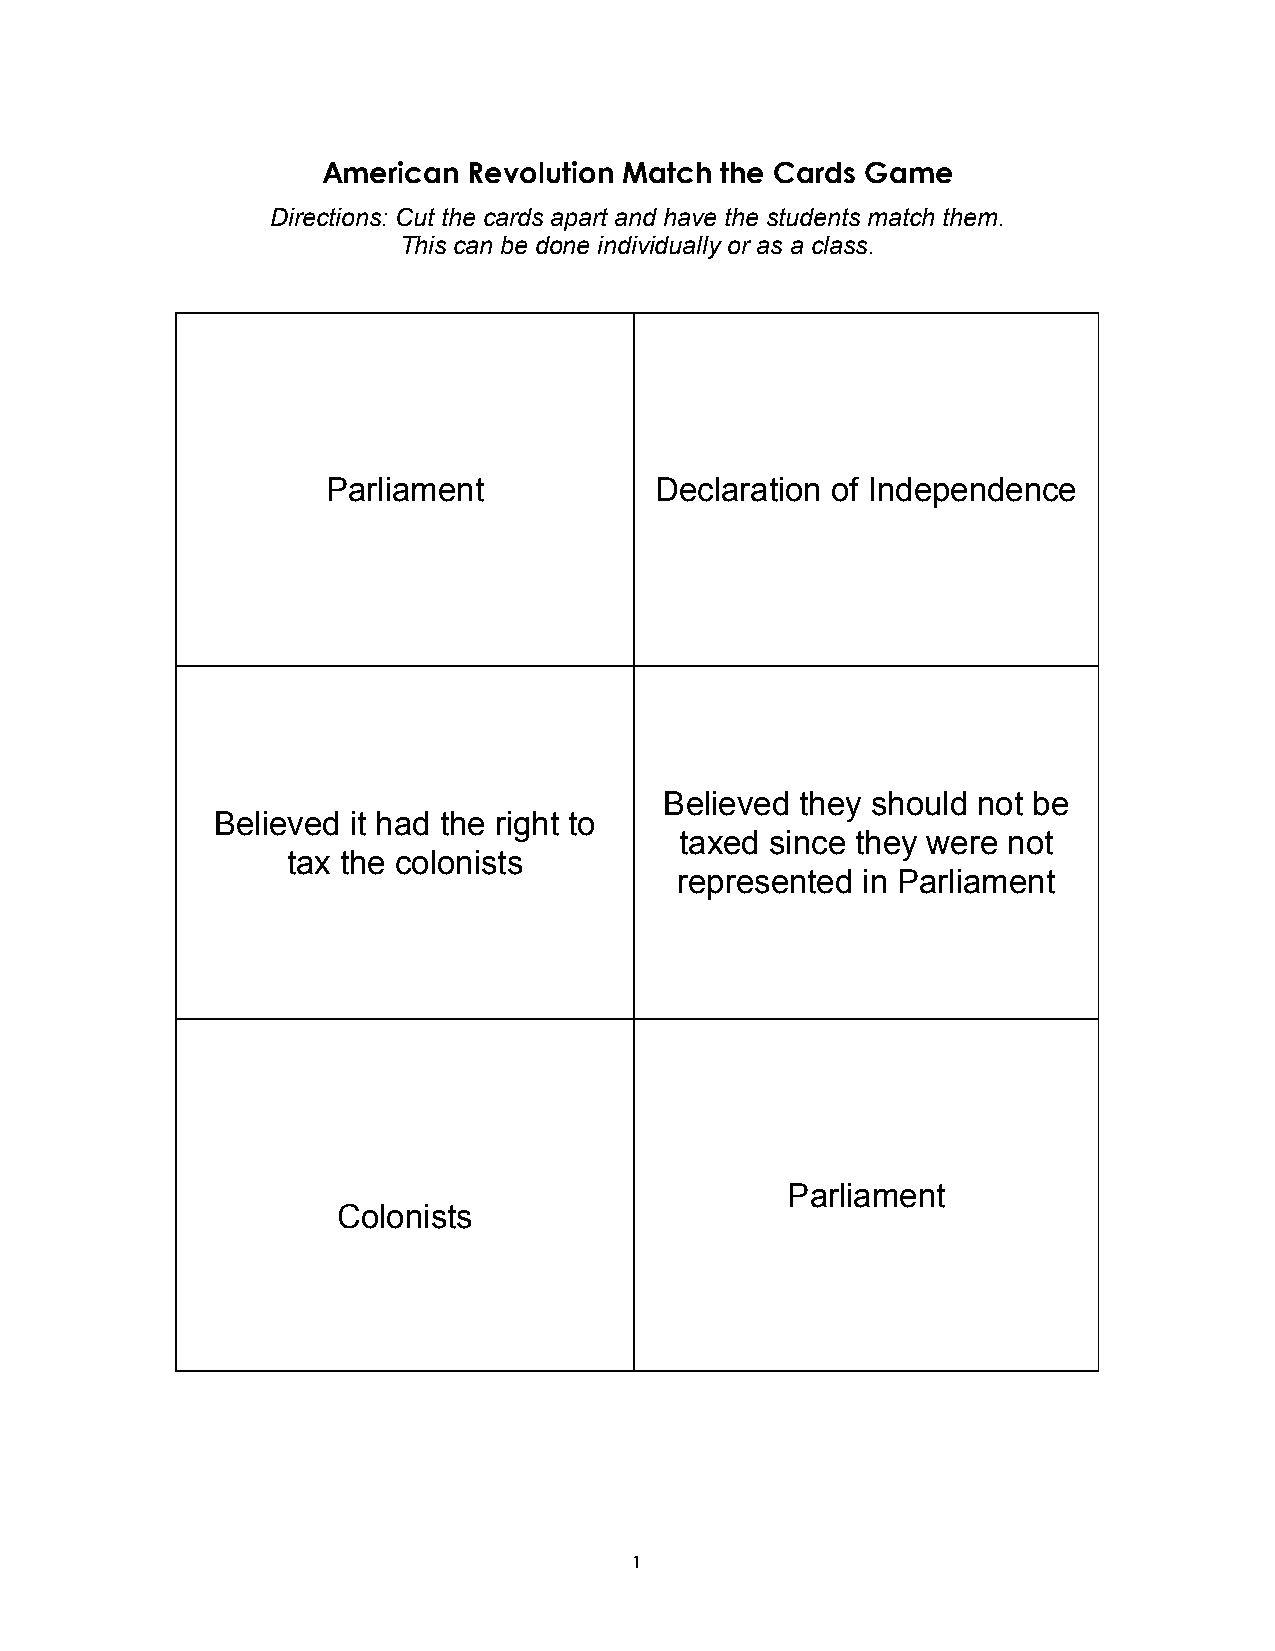
American  Revolution Match the Cards Game
 Directions: Cut the cards apart and have the students match them.
 This can be done individually or as a class.
 Parliament           Declaration of Independence
 Believed they should not be
 Believed it had the right to
 taxed since they were not
 tax the colonists
 represented in Parliament
 Parliament
 Colonists
 1